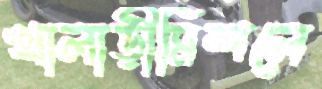
খালাড়ীমিশলে